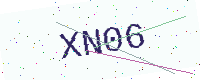
Text: XN06